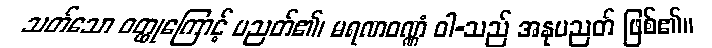
သတ်သော ဝတ္ထုကြောင့် ပညတ်၏၊ မရဏဝဏ္ဏံ ဝါ-သည် အနုပညတ် ဖြစ်၏။